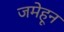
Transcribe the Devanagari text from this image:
जमेहून